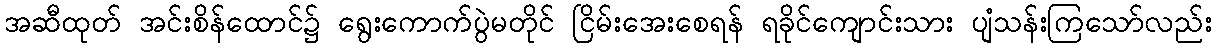
အဆီထုတ် အင်းစိန်ထောင်၌ ရွေးကောက်ပွဲမတိုင် ငြိမ်းအေးစေရန် ရခိုင်ကျောင်းသား ပျံသန်းကြသော်လည်း